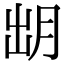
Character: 𣍧